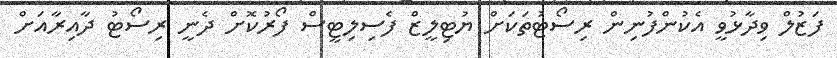
ފަޒުލް ވިދާޅުވީ އެކުންފުނިން ރިސޯޓުތަކަށް ޔުޓިލީޒް ފެސިލިޓީސް ފޯރުކޮށް ދެނީ ރިސޯޓު ދާއިރާއަށް